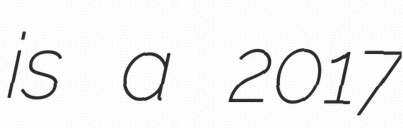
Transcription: is a 2017